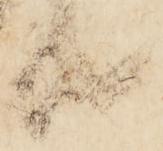
共